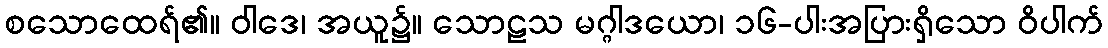
စသောထေရ်၏။ ဝါဒေ၊ အယူ၌။ သောဠသ မဂ္ဂါဒယော၊ ၁၆-ပါးအပြားရှိသော ဝိပါက်